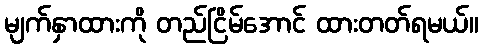
မျက်နှာထားကို တည်ငြိမ်အောင် ထားတတ်ရမယ်။